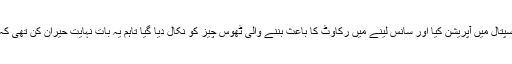
ماہر امراض ناک و حلق ڈاکٹر گولونگمئی نے ذانگ بنسینگ کا ہاربن میڈیکل یونیورسٹی اسپتال میں آپریشن کیا اور سانس لینے میں رکاوٹ کا باعث بننے والی ٹھوس چیز کو نکال دیا گیا تاہم یہ بات نہایت حیران کن تھی کہ یہ ٹھوس چیز کچھ اور نہیں بلکہ ایک دانت تھا جو جبڑے کے بجائے ناک میں اگ آا تھا۔